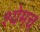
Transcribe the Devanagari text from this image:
श्येमच